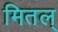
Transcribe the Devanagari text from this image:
मितल्